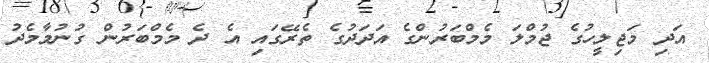
އަދި މަޖިލީހުގެ ޖުމްލަ މެމްބަރުންގެ އަދަދުގެ ތެރޭގައި އެ ދެ މެމްބަރުން ގުނުމާމެދު